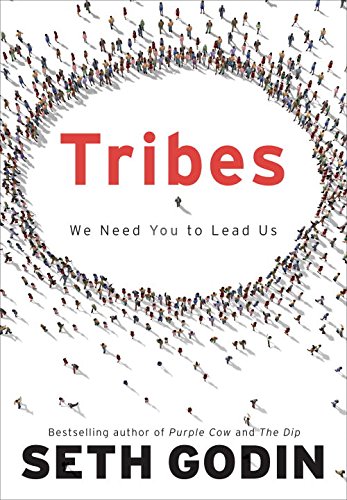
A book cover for Tribes: We Need You to Lead Us; Seth Godin; Business & Money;